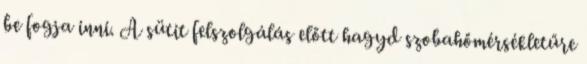
be fogja inni. A sütit felszolgálás előtt hagyd szobahőmérsékletűre